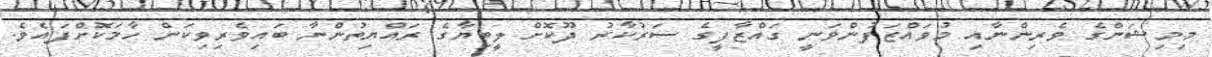
މިމިޝަންގެ ވެރިންނާއި މުވައްޒަފުންވަނީ ގައްޒާފީގެ ސަރުކާރު ދޫކޮށް ލީބިޔާގެ ރައްޔިތުންނާ ބައިވެރިވިކަން ހާމަކޮށްފައެވެ.